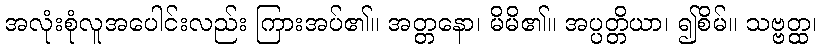
အလုံးစုံလူအပေါင်းလည်း ကြားအပ်၏။ အတ္တနော၊ မိမိ၏။ အပ္ပတ္တိယာ၊ ၍စိမ်။ သဗ္ဗတ္ထ၊